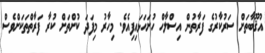
އުޤޫބާތަށް ސަރުކާރުގެ ފަރާތުން އިސްލާހް ހުށަހަޅައިފިއެވެ. މިހާރު މިފަދަ ކުށްތަށް ކުރާ ފަރާތްތަކަށްވެސް